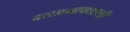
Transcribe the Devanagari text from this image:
दलप्रभावशाली